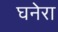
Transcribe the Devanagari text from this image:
घनेरा